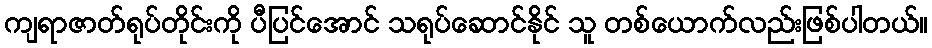
ကျရာဇာတ်ရုပ်တိုင်းကို ပီပြင်အောင် သရုပ်ဆောင်နိုင် သူ တစ်ယောက်လည်းဖြစ်ပါတယ်။